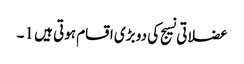
عضلاتی نسیج کی دو بڑی اقسام ہوتی ہیں 1۔